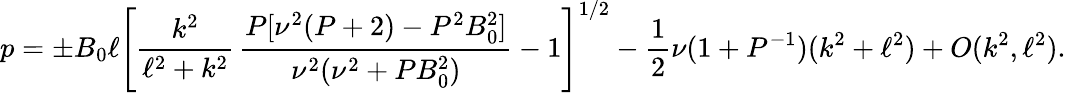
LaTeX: p=\pm B_{0}\ell\left[\frac{k^{2}}{\ell^{2}+k^{2}}\, \frac{P[\nu^{2}(P+2)-P^{2}B_{0}^{2}]}{\nu^{2}(\nu^{2}+PB_{0}^{2})}-1\right]^{1/2}-\frac{1}{2}\nu(1+P^{-1})(k^{2}+\ell^{2})+O(k^{2},\ell^{2}).